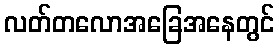
လတ်တလောအခြေအနေတွင်